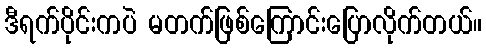
ဒီရက်ပိုင်းကပဲ မတက်ဖြစ်ကြောင်းပြောလိုက်တယ်။